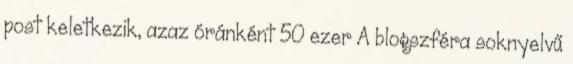
post keletkezik, azaz óránként 50 ezer A blogszféra soknyelvű